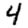
Digit: 4